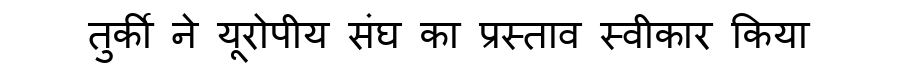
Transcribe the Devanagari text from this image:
तुर्की ने यूरोपीय संघ का प्रस्ताव स्वीकार किया